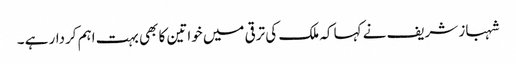
شہباز شریف نے کہا کہ ملک کی ترقی میں خواتین کا بھی بہت اہم کردار ہے ۔